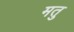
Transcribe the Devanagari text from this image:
मतु